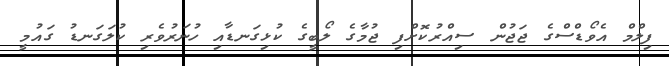
ފިލްމް އެވޯޑްސްގެ ޖަޖުން ސިއްރުކޮށްފި ޖުމާގެ ލޯބީގެ ކުޅިގަނޑާއި ހުނަރުވެރި ކުލަގަނޑު ގައުމީ